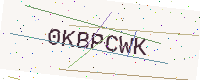
Text: 0KBPCWK